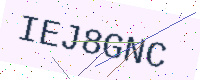
Text: IEJ8GNC